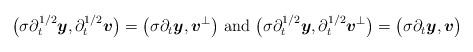
LaTeX: \begin{align*} \begin{aligned} \big(\sigma \partial_t^{1/2} \boldsymbol{y},\partial_t^{1/2} \boldsymbol{v} \big) = \big(\sigma \partial_t \boldsymbol{y},\boldsymbol{v}^{\perp} \big) \mbox{ and } \big(\sigma \partial_t^{1/2} \boldsymbol{y},\partial_t^{1/2} \boldsymbol{v}^{\perp} \big) = \big(\sigma \partial_t \boldsymbol{y},\boldsymbol{v} \big) \end{aligned} \end{align*}